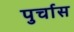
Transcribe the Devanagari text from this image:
पुर्चास